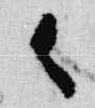
御